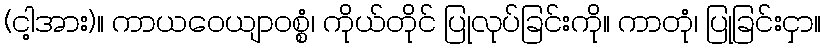
(ငါ့အား)။ ကာယဝေယျာဝစ္စံ၊ ကိုယ်တိုင် ပြုလုပ်ခြင်းကို။ ကာတုံ၊ ပြုခြင်းငှာ။